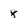
Character: 8